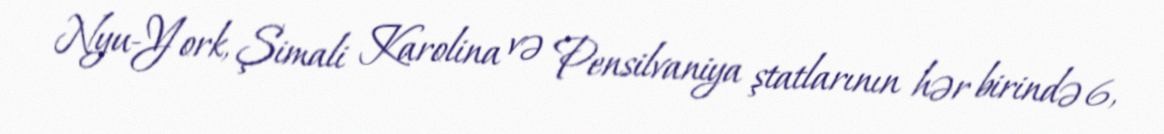
Nyu-York, Şimali Karolina və Pensilvaniya ştatlarının hər birində 6,